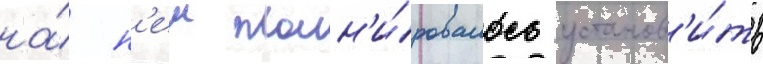
на́ н'еи план'и́ровалось установ'и́ть